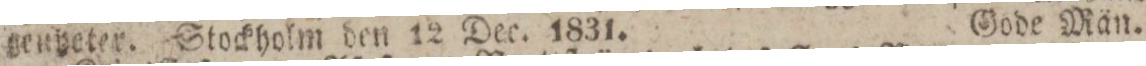
genyeter. Stockholm den 12 Dec. 1831.    Gode Män.